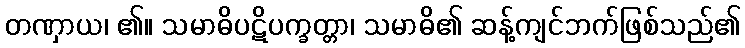
တဏှာယ၊ ၏။ သမာဓိပဋိပက္ခတ္တာ၊ သမာဓိ၏ ဆန့်ကျင်ဘက်ဖြစ်သည်၏